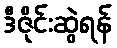
ဒီဇိုင်းဆွဲရန်